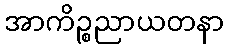
အာကိဉ္စညာယတနာ